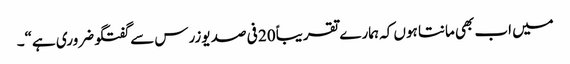
میں اب بھی مانتا ہوں کہ ہمارے تقریباً 20 فی صد یوزرس سے گفتگو ضروری ہے“۔